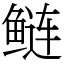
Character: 鲢